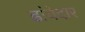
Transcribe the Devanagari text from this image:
ढांचेदार